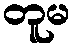
တူမ